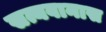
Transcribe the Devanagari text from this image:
सत्यवानास